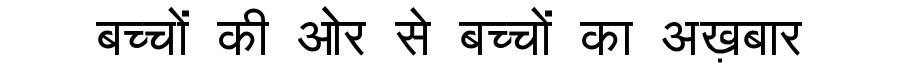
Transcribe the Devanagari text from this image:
बच्चों की ओर से बच्चों का अख़बार